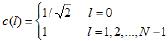
$c(\ell)=\begin{cases}
1/\sqrt{2} & \ell = 0 \\
1 & \ell = 1,2,\ldots,N - 1
\end{cases}$